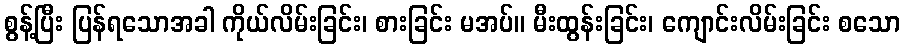
စွန့်ပြီး ပြန်ရသောအခါ ကိုယ်လိမ်းခြင်း၊ စားခြင်း မအပ်။ မီးထွန်းခြင်း၊ ကျောင်းလိမ်းခြင်း စသော